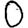
Digit: 0